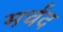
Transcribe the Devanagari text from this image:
मर्चंद